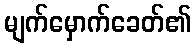
မျက်မှောက်ခေတ်၏